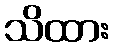
သိထား